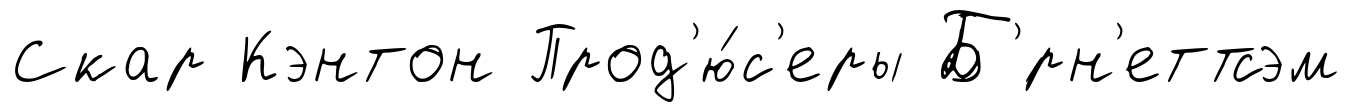
Скар Кэнтон Прод'ю́с'еры Б'́рн'еттсэм